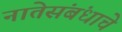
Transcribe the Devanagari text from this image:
नातेसंबंधाचे